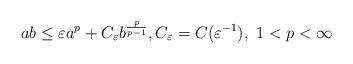
LaTeX: \begin{align*} ab \leq\varepsilon a^p+C_\varepsilon b^{\frac{p}{p-1}}, C_\varepsilon=C(\varepsilon^{-1}), \ 1<p<\infty \end{align*}